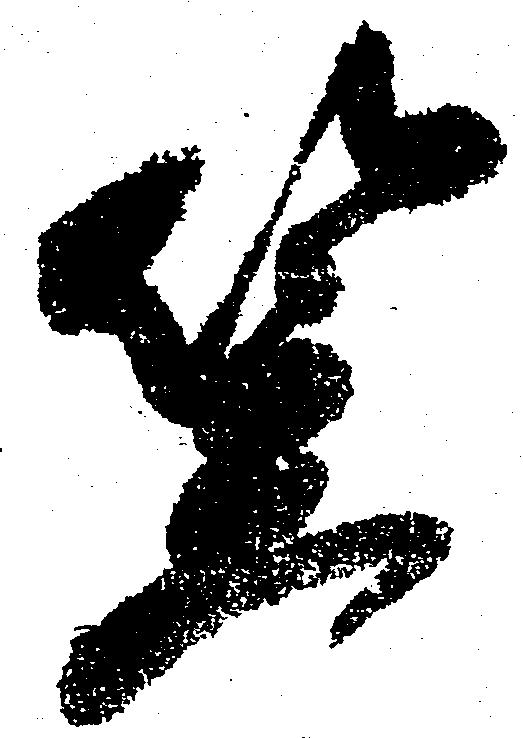
笠